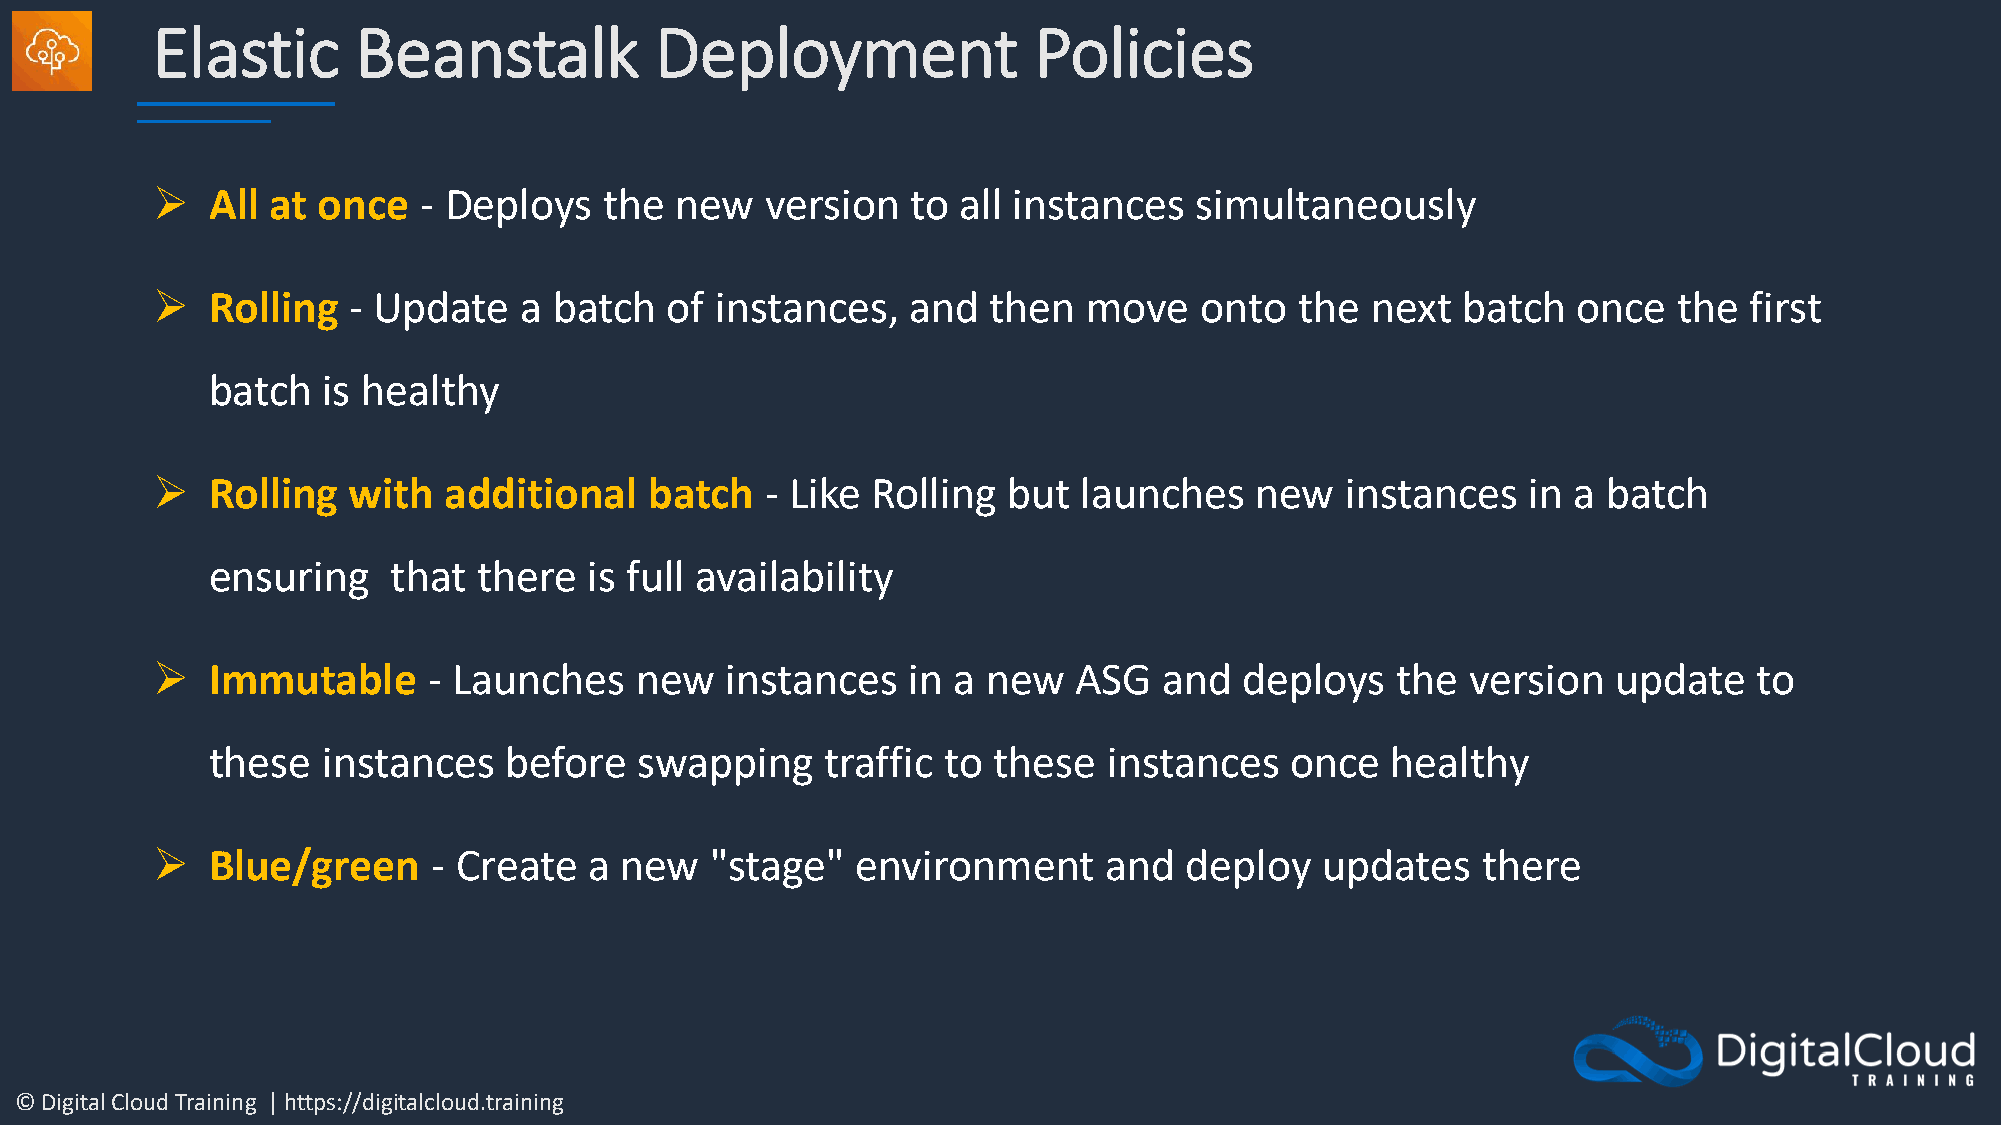
Elastic      Beanstalk           Deployment               Policies
 ➢   All at once   - Deploys   the  new   version  to  all instances  simultaneously
 ➢   Rolling  - Update   a  batch  of instances,   and   then  move   onto   the  next  batch  once   the  first
 batch  is healthy
 ➢   Rolling  with  additional    batch   - Like Rolling  but  launches   new   instances   in a batch
 ensuring    that  there  is full availability
 ➢   Immutable     - Launches    new   instances   in a new   ASG   and  deploys   the  version   update   to
 these  instances   before   swapping     traffic to these  instances   once   healthy
 ➢   Blue/green     - Create  a new   "stage"   environment     and  deploy   updates    there
 © Digital Cloud Training | https://digitalcloud.training